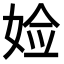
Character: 𫰰